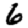
Digit: 6